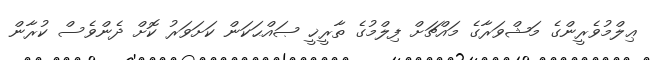
ޢިލްމުވެރީންގެ މަޝްވަރާގެ މައްޗަށް ފިލްމުގެ ތާރީޚީ ޞައްޙަކަން ކަށަވަރު ކޮށް ދެންވެސް ކުރާން